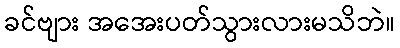
ခင်ဗျား အအေးပတ်သွားလားမသိဘဲ။